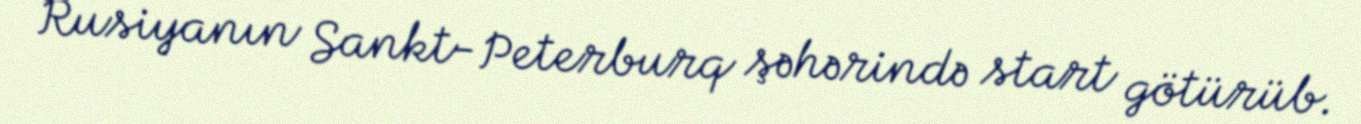
Rusiyanın Sankt-Peterburq şəhərində start götürüb.